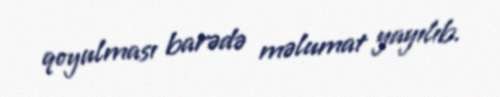
qoyulması barədə məlumat yayılıb.